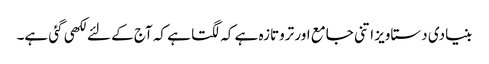
بنیادی دستاویز اتنی جامع اور تروتازہ ہے کہ لگتا ہے کہ آج کے لئے لکھی گئی ہے۔